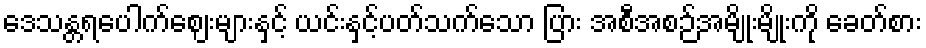
ဒေသန္တရပေါက်ဈေးများနှင့် ယင်းနှင့်ပတ်သက်သော ပြား အစီအစဉ်အမျိုးမျိုးကို ခေတ်စား